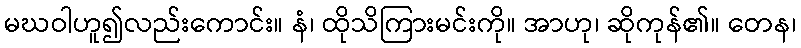
မဃဝါဟူ၍လည်းကောင်း။ နံ၊ ထိုသိကြားမင်းကို။ အာဟု၊ ဆိုကုန်၏။ တေန၊